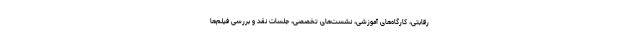
رقابتی، کارگاه‌های آموزشی، نشست‌های تخصصی، جلسات نقد و بررسی فیلم‌ها